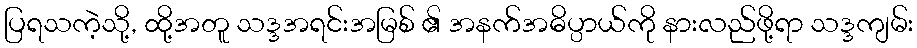
ပြရသကဲ့သို့, ထို့အတူ သဒ္ဒအရင်းအမြစ် ၏ အနက်အဓိပ္ပာယ်ကို နားလည်ဖို့ရာ သဒ္ဒကျမ်း